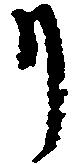
リ